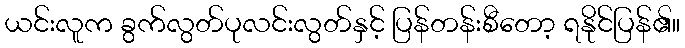
ယင်းလူက ခွက်လွတ်ပုလင်းလွတ်နှင့် ပြန်တန်းစီတော့ ရနိုင်ပြန်၏။